Document type: Sale
Year: 1461
Scribe: [Unknown]
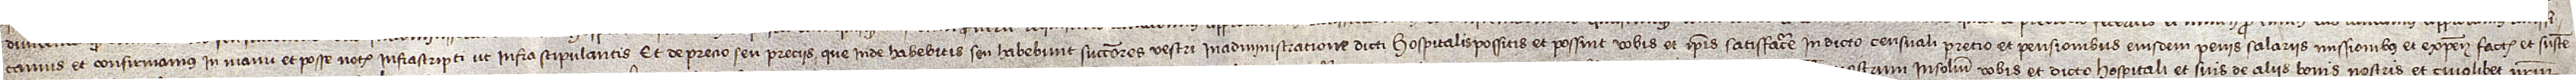
camus et confirmamus in manu et posse notarii infrascripti ut infra stipulantis. Et de precio seu preciis que inde habebitis seu habebunt successores vestri in administratione dicti hospitalis possitis et possint vobis et ipsis satisfacere in dicto censuali pretio et pensionibus eiusdem, penis, salariis, missionibus et expensis factis et susten-